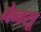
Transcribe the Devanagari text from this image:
चेनसू